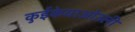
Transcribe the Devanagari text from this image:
कुईकेयाओउली